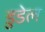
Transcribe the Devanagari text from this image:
डुडेल